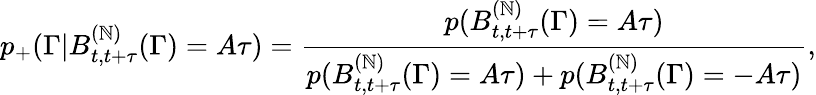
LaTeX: p_{+}(\Gamma|B_{t,t+\tau}^{(\mathbb{N})}(\Gamma)=A\tau)=\frac{{p(B_{t,t+\tau}^{(\mathbb{N})}(\Gamma)=A\tau)}}{{p(B_{t,t+\tau}^{(\mathbb{N})}(\Gamma)=A\tau)+p(B_{t,t+\tau}^{(\mathbb{N})}(\Gamma)=-A\tau)}},